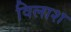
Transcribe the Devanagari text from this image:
विलाश